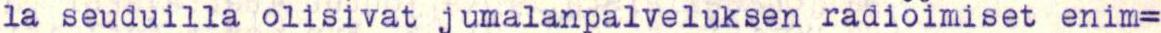
la seuduilla olisivat jumalanpalveluksen radioimiset enim=